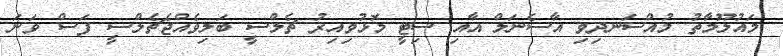
މައުލޫމާތު މުއްސަނދިވި އާސެނަލް އާއި ސިޓީ މޮޅުވިއިރު ޗެލްސީ ބަލިވެއްޖެޗެލްސީ ފަސް ވަނަ